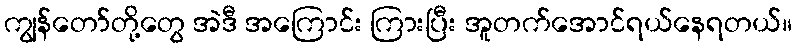
ကျွန်တော်တို့တွေ အဲဒီ အကြောင်း ကြားပြီး အူတက်အောင်ရယ်နေရတယ်။